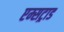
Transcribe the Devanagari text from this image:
एम्सट्राड